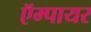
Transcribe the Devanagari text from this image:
ऍम्पायर